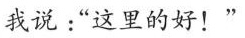
我说:“这里的好!‘’